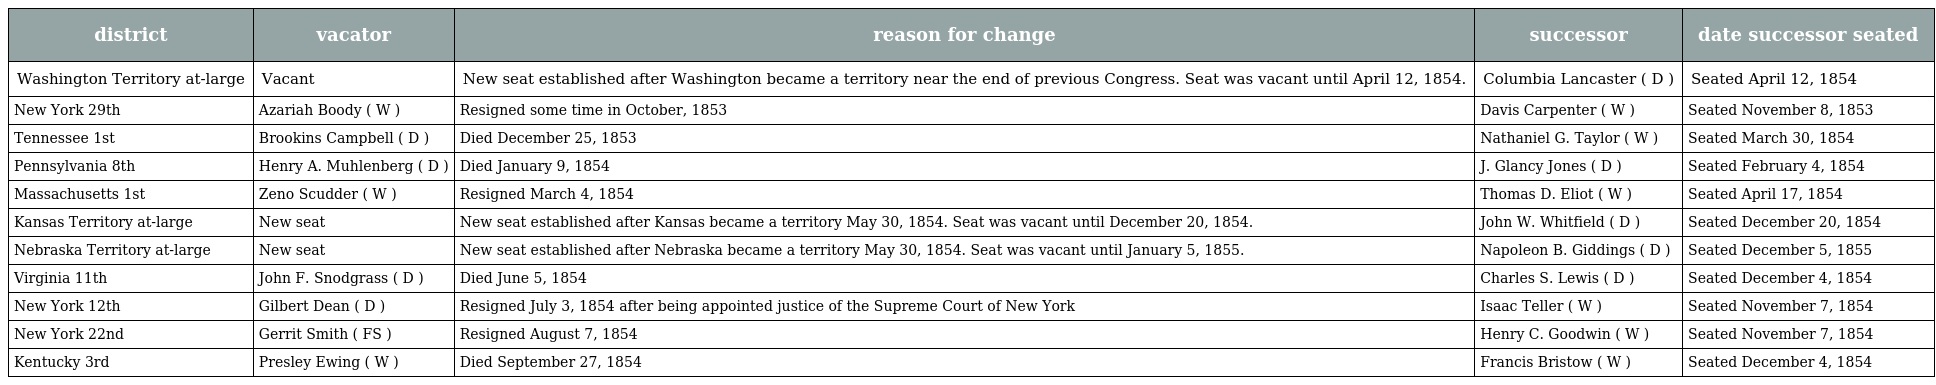
| district | vacator | reason for change | successor | date successor seated |
 | --- | --- | --- | --- | --- |
 | Washington Territory at-large | Vacant | New seat established after Washington became a territory near the end of previous Congress. Seat was vacant until April 12, 1854. | Columbia Lancaster ( D ) | Seated April 12, 1854 |
 | New York 29th | Azariah Boody ( W ) | Resigned some time in October, 1853 | Davis Carpenter ( W ) | Seated November 8, 1853 |
 | Tennessee 1st | Brookins Campbell ( D ) | Died December 25, 1853 | Nathaniel G. Taylor ( W ) | Seated March 30, 1854 |
 | Pennsylvania 8th | Henry A. Muhlenberg ( D ) | Died January 9, 1854 | J. Glancy Jones ( D ) | Seated February 4, 1854 |
 | Massachusetts 1st | Zeno Scudder ( W ) | Resigned March 4, 1854 | Thomas D. Eliot ( W ) | Seated April 17, 1854 |
 | Kansas Territory at-large | New seat | New seat established after Kansas became a territory May 30, 1854. Seat was vacant until December 20, 1854. | John W. Whitfield ( D ) | Seated December 20, 1854 |
 | Nebraska Territory at-large | New seat | New seat established after Nebraska became a territory May 30, 1854. Seat was vacant until January 5, 1855. | Napoleon B. Giddings ( D ) | Seated December 5, 1855 |
 | Virginia 11th | John F. Snodgrass ( D ) | Died June 5, 1854 | Charles S. Lewis ( D ) | Seated December 4, 1854 |
 | New York 12th | Gilbert Dean ( D ) | Resigned July 3, 1854 after being appointed justice of the Supreme Court of New York | Isaac Teller ( W ) | Seated November 7, 1854 |
 | New York 22nd | Gerrit Smith ( FS ) | Resigned August 7, 1854 | Henry C. Goodwin ( W ) | Seated November 7, 1854 |
 | Kentucky 3rd | Presley Ewing ( W ) | Died September 27, 1854 | Francis Bristow ( W ) | Seated December 4, 1854 |